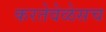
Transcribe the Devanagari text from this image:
करतेवेळेसच